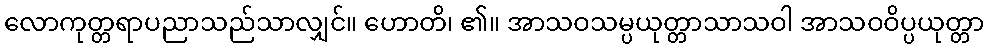
လောကုတ္တရာပညာသည်သာလျှင်။ ဟောတိ၊ ၏။ အာသဝသမ္ပယုတ္တာသာသဝါ အာသဝဝိပ္ပယုတ္တာ